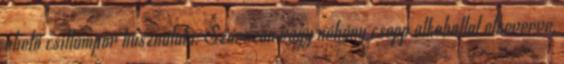
ehető csillámpor használata: Szárazon vagy néhány csepp alkohollal elkeverve,